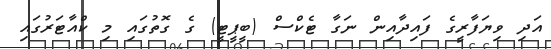
އަދި ވިޔަފާރީގެ ފައިދާއިން ނަގާ ޓެކްސް (ބީޕީޓީ) ގެ ގޮތުގައި މި ކްއާޓަރުގައި